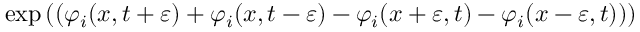
\exp \left( \b ( \varphi _ { i } ( x , t + \varepsilon ) + \varphi _ { i } ( x , t - \varepsilon ) - \varphi _ { i } ( x + \varepsilon , t ) - \varphi _ { i } ( x - \varepsilon , t ) ) \right)